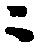
ニ